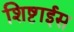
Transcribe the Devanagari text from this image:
शिष्टाईस